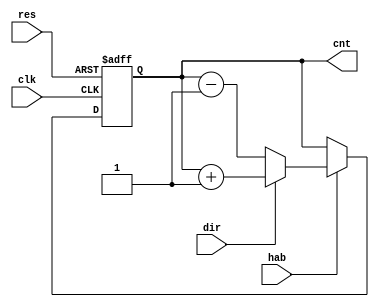
module counter(
	input clk,
	input hab, 
	input dir, 
	input res, 
	output reg [3:0] cnt
 );
	always @(posedge clk or negedge res)
	begin 
		if(~res)
			cnt <= 4'b0;
		else 
			if (hab) cnt <= dir? cnt+1 : cnt-1; 	
	end 
endmodule